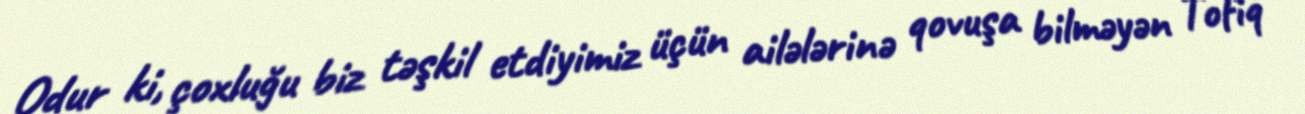
Odur ki, çoxluğu biz təşkil etdiyimiz üçün ailələrinə qovuşa bilməyən Tofiq